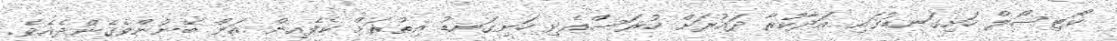
ކޯޓިސޯލް ހަށިގަނޑުގައި އަދާކުރާ ދައުރަށް ހުރަސްއެޅި ހަށިގަނޑު އިތުރަށް ކެފެއިން އަށް ބޭނުންވެގެންދެއެވެ.